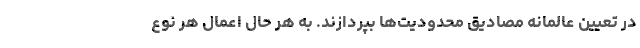
در تعیین عالمانه مصادیق محدودیت‌ها بپردازند. به هر حال اعمال هر نوع